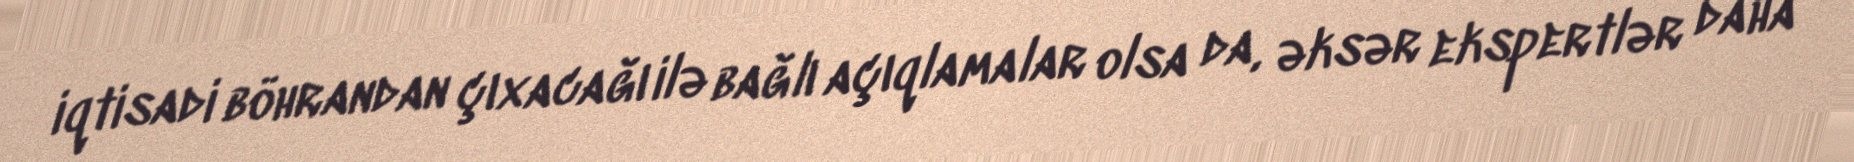
iqtisadi böhrandan çıxacağı ilə bağlı açıqlamalar olsa da, əksər ekspertlər daha